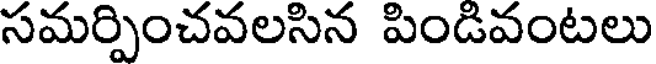
సమర్పించవలసిన పిండివంటలు